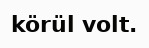
körül volt.